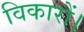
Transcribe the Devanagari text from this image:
विकारों।